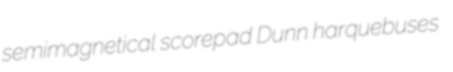
semimagnetical scorepad Dunn harquebuses